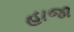
હાજા